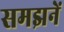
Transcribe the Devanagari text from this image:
समझनें